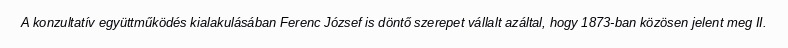
A konzultatív együttműködés kialakulásában Ferenc József is döntő szerepet vállalt azáltal, hogy 1873-ban közösen jelent meg II.